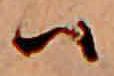
ハ